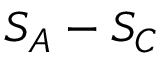
S _ { A } - S _ { C }